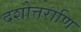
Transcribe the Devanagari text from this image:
दशोत्तराणि